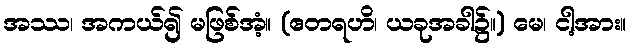
အဿ၊ အကယ်၍ မဖြစ်အံ့။ (ဧတရဟိ၊ ယခုအခါ၌။) မေ၊ ငါ့အား။